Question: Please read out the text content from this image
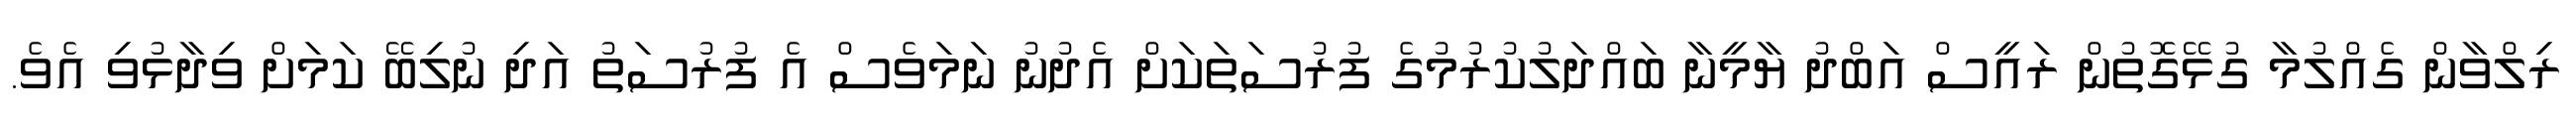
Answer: ރިލްވާން ގެއްލުމާ ގުޅޭގޮތުން ރައީސް އަބްދު ޔާމީނާ ބައްދަލުކުރުމުގެ ފުރުސަތަކަށް އެދުނު ނަމަވެސް އެ ފުރުސަތު އަދި ނުލިބޭ ކަމަށް ވިދާޅުވި އެވެ.